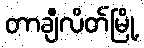
တာချီလိတ်မြို့